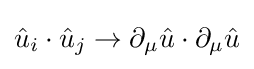
{\hat {u}}_{i}\cdot {\hat {u}}_{j}\to \partial _{\mu }{\hat {u}}\cdot \partial _{\mu }{\hat {u}}